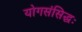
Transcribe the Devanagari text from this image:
योगसंसिद्धः